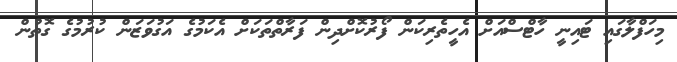
މިހަފްލާގައި ޓައިނީ ހާޓްސްއަށް އެހީތެރިކަން ފޯރުކޮށްދިން ފަރާތްތަކަށް އެކަމުގެ އަގުވަޒަން ކުރުމުގެ ގޮތުން